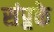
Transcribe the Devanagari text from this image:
संप्र्रके